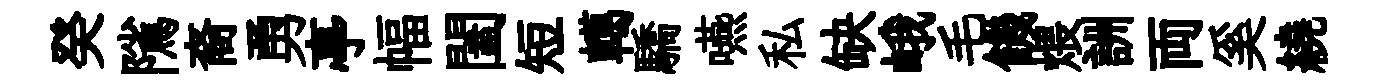
癸隲裔勇亭幅闔短轕驕嚥私缺峨毛饑煨詶両奚繞